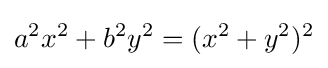
a^{2}x^{2}+b^{2}y^{2}=(x^{2}+y^{2})^{2}